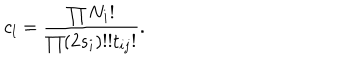
LaTeX: c _ { l } = \frac { \prod N _ { i } ! } { \prod ( 2 s _ { i } ) ! ! t _ { i j } ! } .